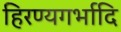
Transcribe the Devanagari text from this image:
हिरण्यगर्भादि